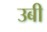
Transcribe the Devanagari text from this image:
उबी